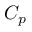
C _ { p }